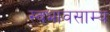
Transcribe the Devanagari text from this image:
स्वभावसाम्य